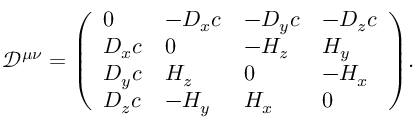
{ \mathcal { D } } ^ { \mu \nu } = { \left( \begin{array} { l l l l } { 0 } & { - D _ { x } c } & { - D _ { y } c } & { - D _ { z } c } \\ { D _ { x } c } & { 0 } & { - H _ { z } } & { H _ { y } } \\ { D _ { y } c } & { H _ { z } } & { 0 } & { - H _ { x } } \\ { D _ { z } c } & { - H _ { y } } & { H _ { x } } & { 0 } \end{array} \right) } .